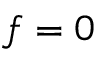
f = 0